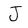
Character: J